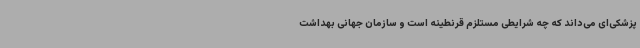
پزشکی‌ای می‌داند که چه شرایطی مستلزم قرنطینه است و سازمان جهانی بهداشت